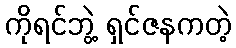
ကိုရင်ဘွဲ့ ရှင်ဇနကတဲ့